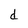
Character: d